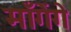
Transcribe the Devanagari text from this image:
माँगेंगे